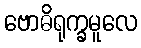
ဗောဓိရုက္ခမူလေ